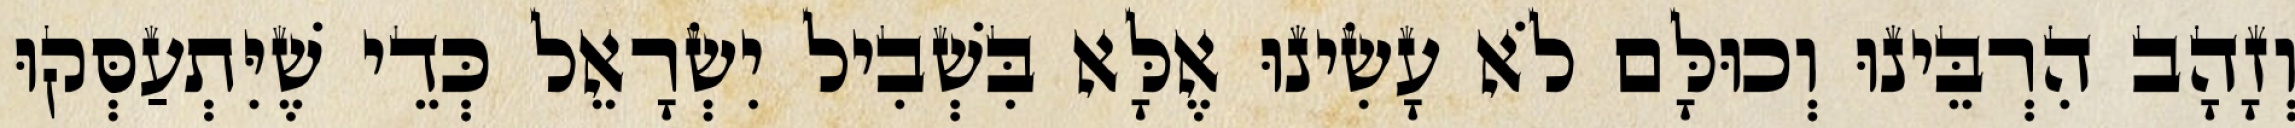
וְזָהָב הִרְבֵּינוּ וְכוּלָּם לֹא עָשִׂינוּ אֶלָּא בִּשְׁבִיל יִשְׂרָאֵל כְּדֵי שֶׁיִּתְעַסְּקוּ